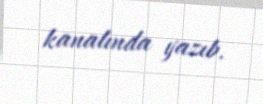
kanalında yazıb.